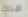
هناك